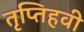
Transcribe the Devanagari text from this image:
तृप्तिहवी